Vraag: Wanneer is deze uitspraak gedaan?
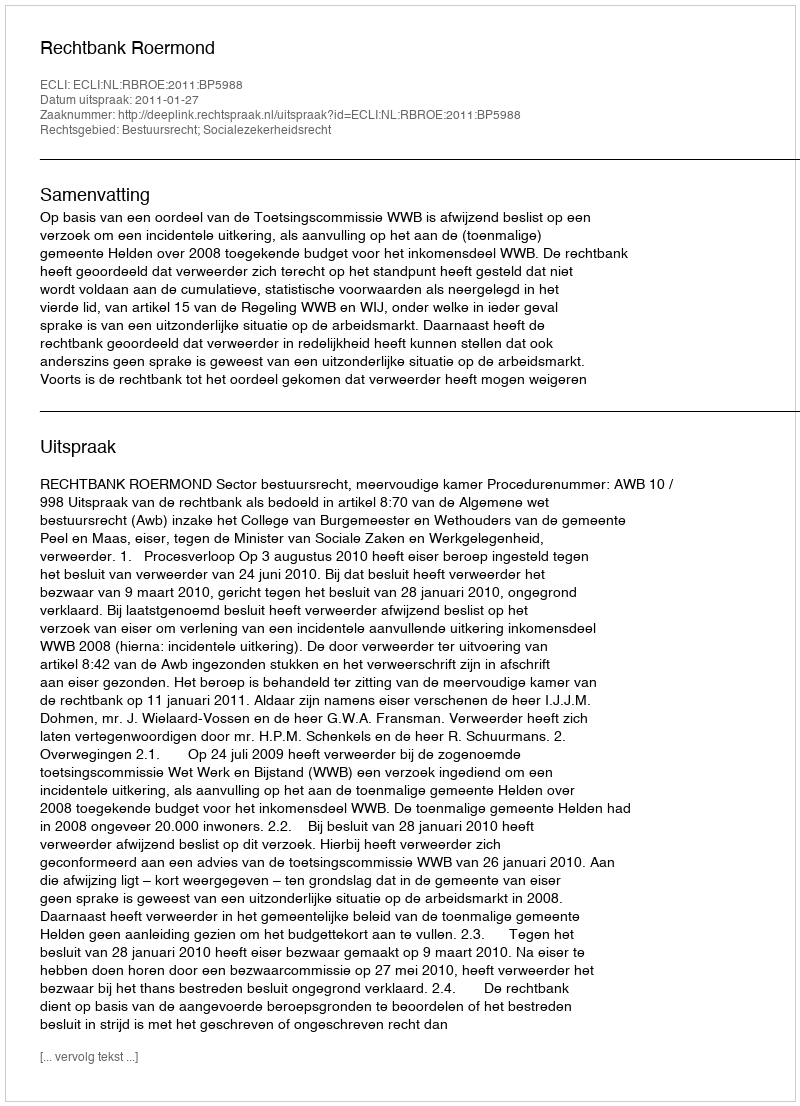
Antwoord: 2011-01-27